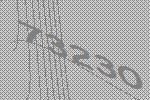
73230